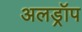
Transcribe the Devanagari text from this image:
अलड्रॉप